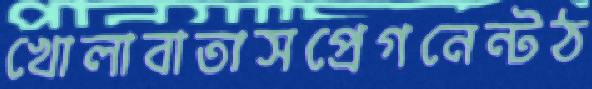
খোলাবাতাসপ্রেগনেন্টঠ